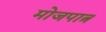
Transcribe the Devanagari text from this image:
मोजपात्र